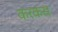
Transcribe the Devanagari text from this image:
करकस